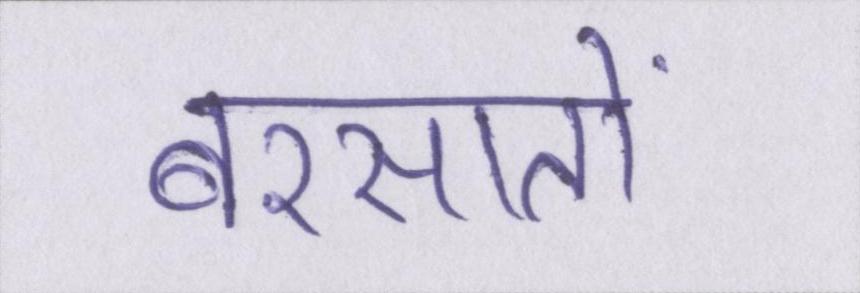
बरसातों